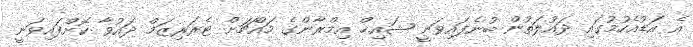
އެ އަޑުއެހުމުގައި ދައުލަތުން ބުނެފައިވަނީ ޝައިޚް އިމްރާންގެ މައްޗަށް ޓެރަރިޒަމް ދައުވާ ކޮށްފައިވަނީ